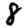
Digit: 8